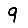
Digit: 9